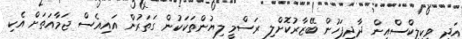
އަދި ވިކިލީކްސްއިން ދާދިފަހުން ބޭޒާރުކޮށްލި ރަސްމީ ލިޔުންތަކަކުން ގަތަރުން އައިއެސް ޖަމާއަތަށް އެކި